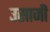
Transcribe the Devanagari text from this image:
उसाजी